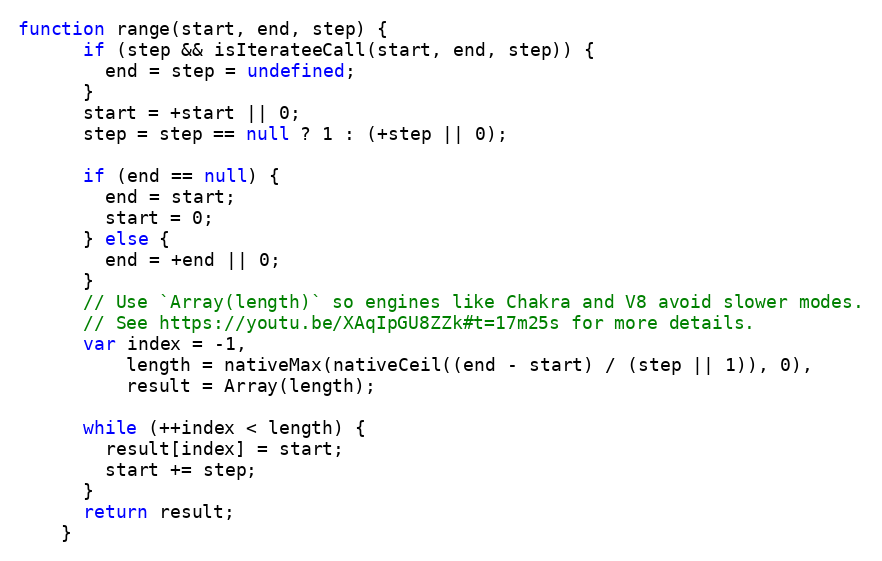
Language: JavaScript
function range(start, end, step) {
      if (step && isIterateeCall(start, end, step)) {
        end = step = undefined;
      }
      start = +start || 0;
      step = step == null ? 1 : (+step || 0);

      if (end == null) {
        end = start;
        start = 0;
      } else {
        end = +end || 0;
      }
      // Use `Array(length)` so engines like Chakra and V8 avoid slower modes.
      // See https://youtu.be/XAqIpGU8ZZk#t=17m25s for more details.
      var index = -1,
          length = nativeMax(nativeCeil((end - start) / (step || 1)), 0),
          result = Array(length);

      while (++index < length) {
        result[index] = start;
        start += step;
      }
      return result;
    }